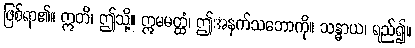
ဖြစ်ရာ၏။ ဣတိ၊ ဤသို့။ ဣမမတ္ထံ၊ ဤအနက်သဘောကို။ သန္ဓာယ၊ ရည်၍။